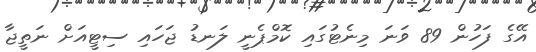
އޭގެ ފަހުން 89 ވަނަ މިނެޓުގައި ކޮމްޕެނީ ލަނޑު ޖަހައި ސިޓީއަށް ނަތީޖާ